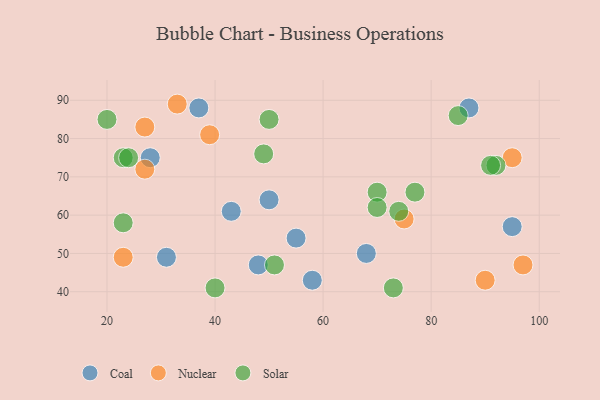
{"axis": {"x": "GDP", "y": "Life Expectancy"}, "legend": ["Coal", "Nuclear", "Solar"], "data": [{"x": "68", "y": 50, "type": "Coal"}, {"x": "58", "y": 43, "type": "Coal"}, {"x": "37", "y": 88, "type": "Coal"}, {"x": "48", "y": 47, "type": "Coal"}, {"x": "31", "y": 49, "type": "Coal"}, {"x": "55", "y": 54, "type": "Coal"}, {"x": "28", "y": 75, "type": "Coal"}, {"x": "95", "y": 57, "type": "Coal"}, {"x": "50", "y": 64, "type": "Coal"}, {"x": "43", "y": 61, "type": "Coal"}, {"x": "87", "y": 88, "type": "Coal"}, {"x": "95", "y": 75, "type": "Nuclear"}, {"x": "39", "y": 81, "type": "Nuclear"}, {"x": "33", "y": 89, "type": "Nuclear"}, {"x": "75", "y": 59, "type": "Nuclear"}, {"x": "27", "y": 72, "type": "Nuclear"}, {"x": "23", "y": 49, "type": "Nuclear"}, {"x": "90", "y": 43, "type": "Nuclear"}, {"x": "27", "y": 83, "type": "Nuclear"}, {"x": "97", "y": 47, "type": "Nuclear"}, {"x": "23", "y": 75, "type": "Solar"}, {"x": "85", "y": 86, "type": "Solar"}, {"x": "24", "y": 75, "type": "Solar"}, {"x": "50", "y": 85, "type": "Solar"}, {"x": "74", "y": 61, "type": "Solar"}, {"x": "70", "y": 66, "type": "Solar"}, {"x": "51", "y": 47, "type": "Solar"}, {"x": "73", "y": 41, "type": "Solar"}, {"x": "70", "y": 62, "type": "Solar"}, {"x": "49", "y": 76, "type": "Solar"}, {"x": "77", "y": 66, "type": "Solar"}, {"x": "20", "y": 85, "type": "Solar"}, {"x": "92", "y": 73, "type": "Solar"}, {"x": "91", "y": 73, "type": "Solar"}, {"x": "40", "y": 41, "type": "Solar"}, {"x": "23", "y": 58, "type": "Solar"}]}